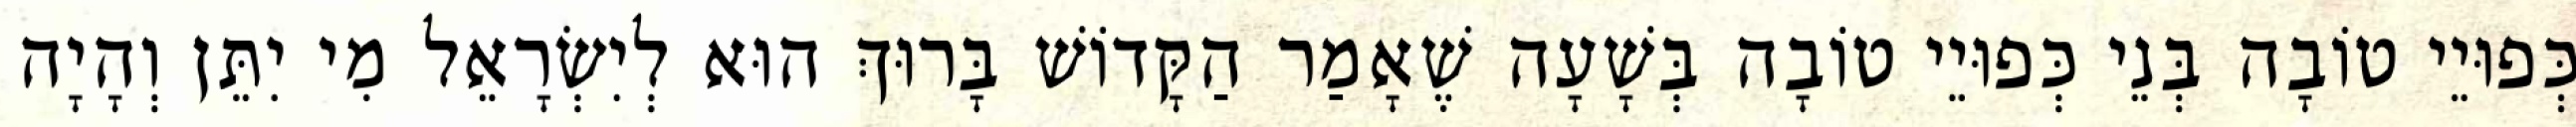
כְּפוּיֵי טוֹבָה בְּנֵי כְּפוּיֵי טוֹבָה בְּשָׁעָה שֶׁאָמַר הַקָּדוֹשׁ בָּרוּךְ הוּא לְיִשְׂרָאֵל מִי יִתֵּן וְהָיָה